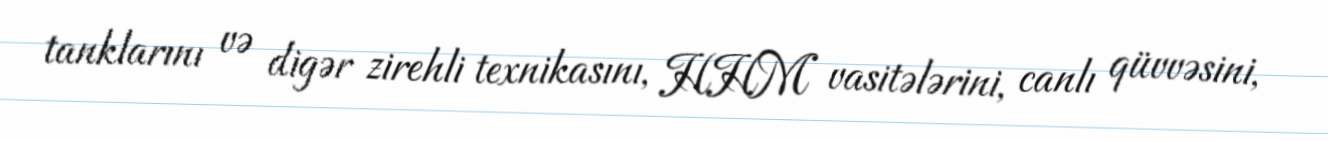
tanklarını və digər zirehli texnikasını, HHM vasitələrini, canlı qüvvəsini,